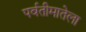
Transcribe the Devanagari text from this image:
पर्वतीमातेला